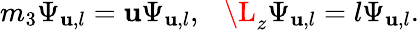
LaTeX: m_{3}\Psi_{\mathbf{u},l}=\mathbf{u}\Psi_{\mathbf{u},l},~~~\L_{z}\Psi_{\mathbf{u},l}=l\Psi_{\mathbf{u},l}.